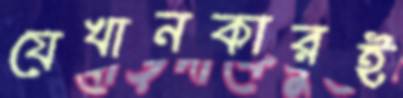
যেখানকারই